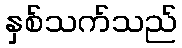
နှစ်သက်သည်